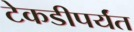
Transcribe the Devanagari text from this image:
टेकडीपर्यंत